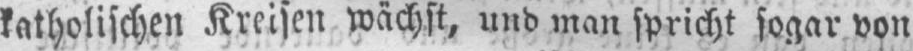
katholischen Kreisen wächst, und man spricht sogar von